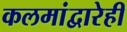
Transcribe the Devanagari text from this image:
कलमांद्वारेही